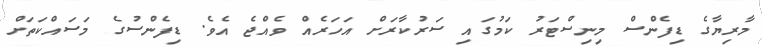
މާރިޔާގެ ޑިފެންސް މިނިސްޓަރު ކަމުގައި ސަރުކާރަށް އަހަރެއް ވެއްޖެ އެވެ. ޑިފެންސުގެ މަސައްކަތަށް